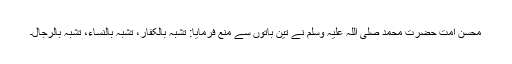
محسن امت حضرت محمد صلی اللہ علیہ وسلم نے تین باتوں سے منع فرمایا: تشبہ بالکفار، تشبہ بالنساء، تشبہ بالرجال۔